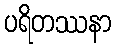
ပရိတဿနာ